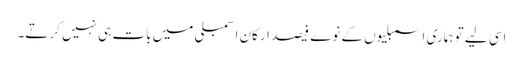
اسی لیے تو ہماری اسمبلیوں کے نوے فیصد ارکان اسمبلی میں بات ہی نہیں کرتے۔